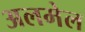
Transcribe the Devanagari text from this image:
अलमेल